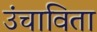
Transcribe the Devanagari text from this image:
उंचाविता